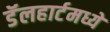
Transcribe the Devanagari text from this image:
डॅलहार्टमध्ये